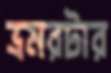
ভ্রমরটার